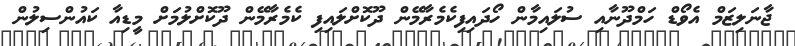
ޖާނަލިޒަމް އެވޯޑް ހަމްދޫނާއި ސުލައިމާން ހޯދައިފިކެމެރާމޭން ދޫކޮށްލައިފި ކެމެރާމޭން ދޫކޮށްލުމަށް މީޑިއާ ކައުންސިލުން